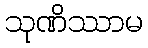
သုဏိဿာမ